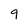
Character: 9